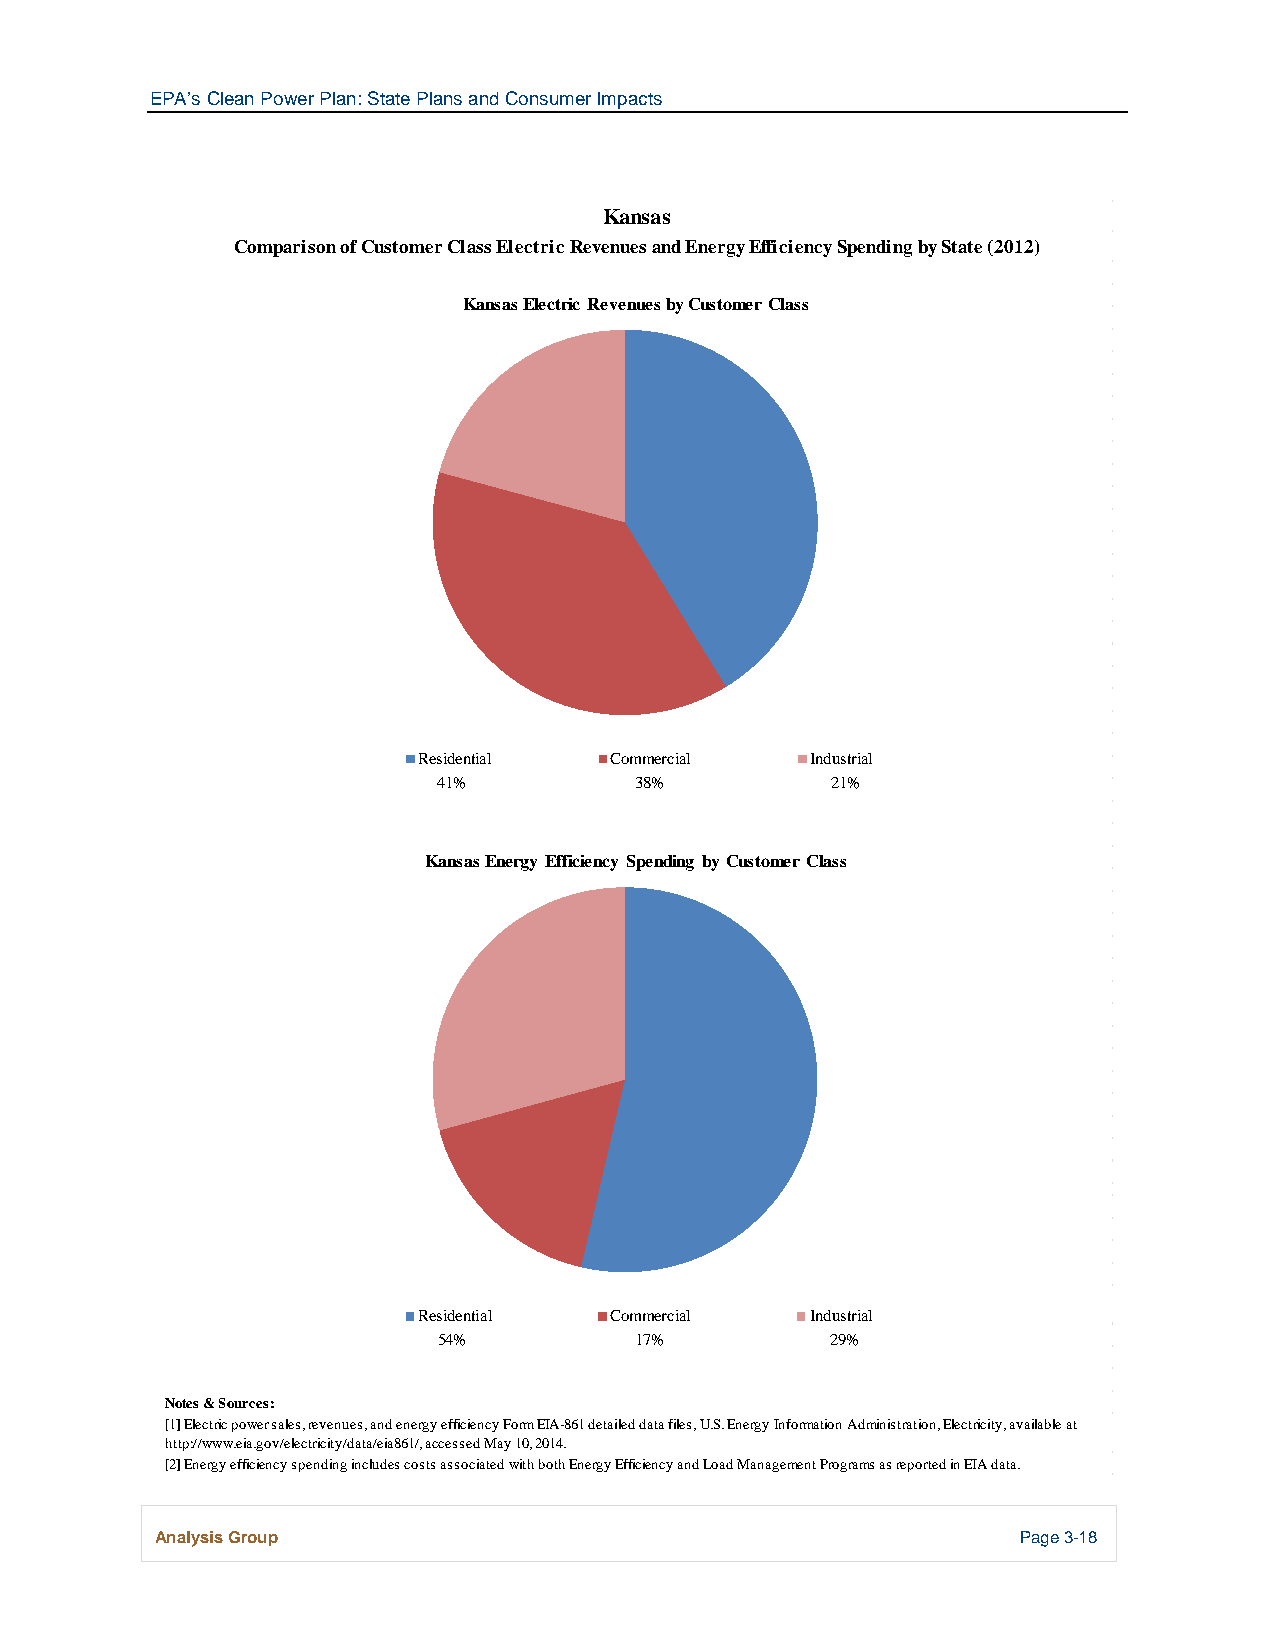
EPA’s Clean Power Plan: State Plans and Consumer Impacts
 Kansas
 Comparison of Customer Class Electric Revenues and Energy Efficiency Spending by State (2012)
 Kansas Electric Revenues by Customer Class
 Residential Commercial    Industrial
 41%          38%          21%
 Kansas Energy Efficiency Spending by Customer Class
 Residential Commercial    Industrial
 54%          17%          29%
 Notes & Sources:
 [1] Electric power sales, revenues, and energy efficiency Form EIA-861 detailed data files, U.S. Energy Information Administration, Electricity, available at
 http://www.eia.gov/electricity/data/eia861/, accessed May 10, 2014.
 [2] Energy efficiency spending includes costs associated with both Energy Efficiency and Load Management Programs as reported in EIA data.
 Analysis Group                                            Page 3-18